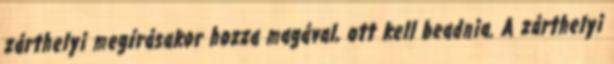
zárthelyi megírásakor hozza magával, ott kell beadnia. A zárthelyi